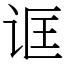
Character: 诓